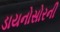
ડાયનોસોરની